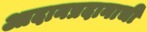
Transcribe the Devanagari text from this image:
आदानप्रदानाची